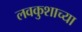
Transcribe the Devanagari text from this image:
लवकुशाच्या